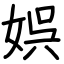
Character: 娯